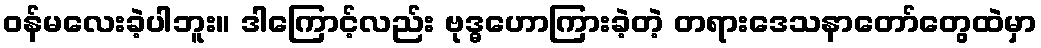
ဝန်မလေးခဲ့ပါဘူး။ ဒါကြောင့်လည်း ဗုဒ္ဓဟောကြားခဲ့တဲ့ တရားဒေသနာတော်တွေထဲမှာ